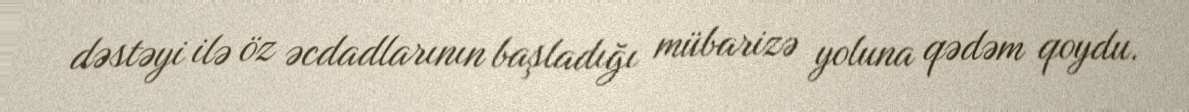
dəstəyi ilə öz əcdadlarının başladığı mübarizə yoluna qədəm qoydu.